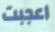
اعجبت